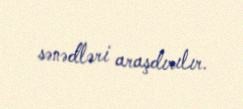
sənədləri araşdırılır.